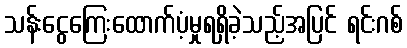
သန်းငွေကြေးထောက်ပံ့မှုရရှိခဲ့သည့်အပြင် ရင်းဂစ်